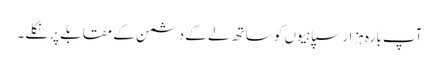
آپ بارہ ہزار سپاہیوں کو ساتھ لے کے دشمن کے مقابلے پر نکلے۔